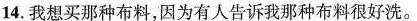
14.我想买那种布料,因为有人告诉我那种布料很好洗.